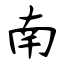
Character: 南